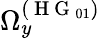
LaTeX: \Omega_{y}^{(\mathrm{~H~G~}_{01})}